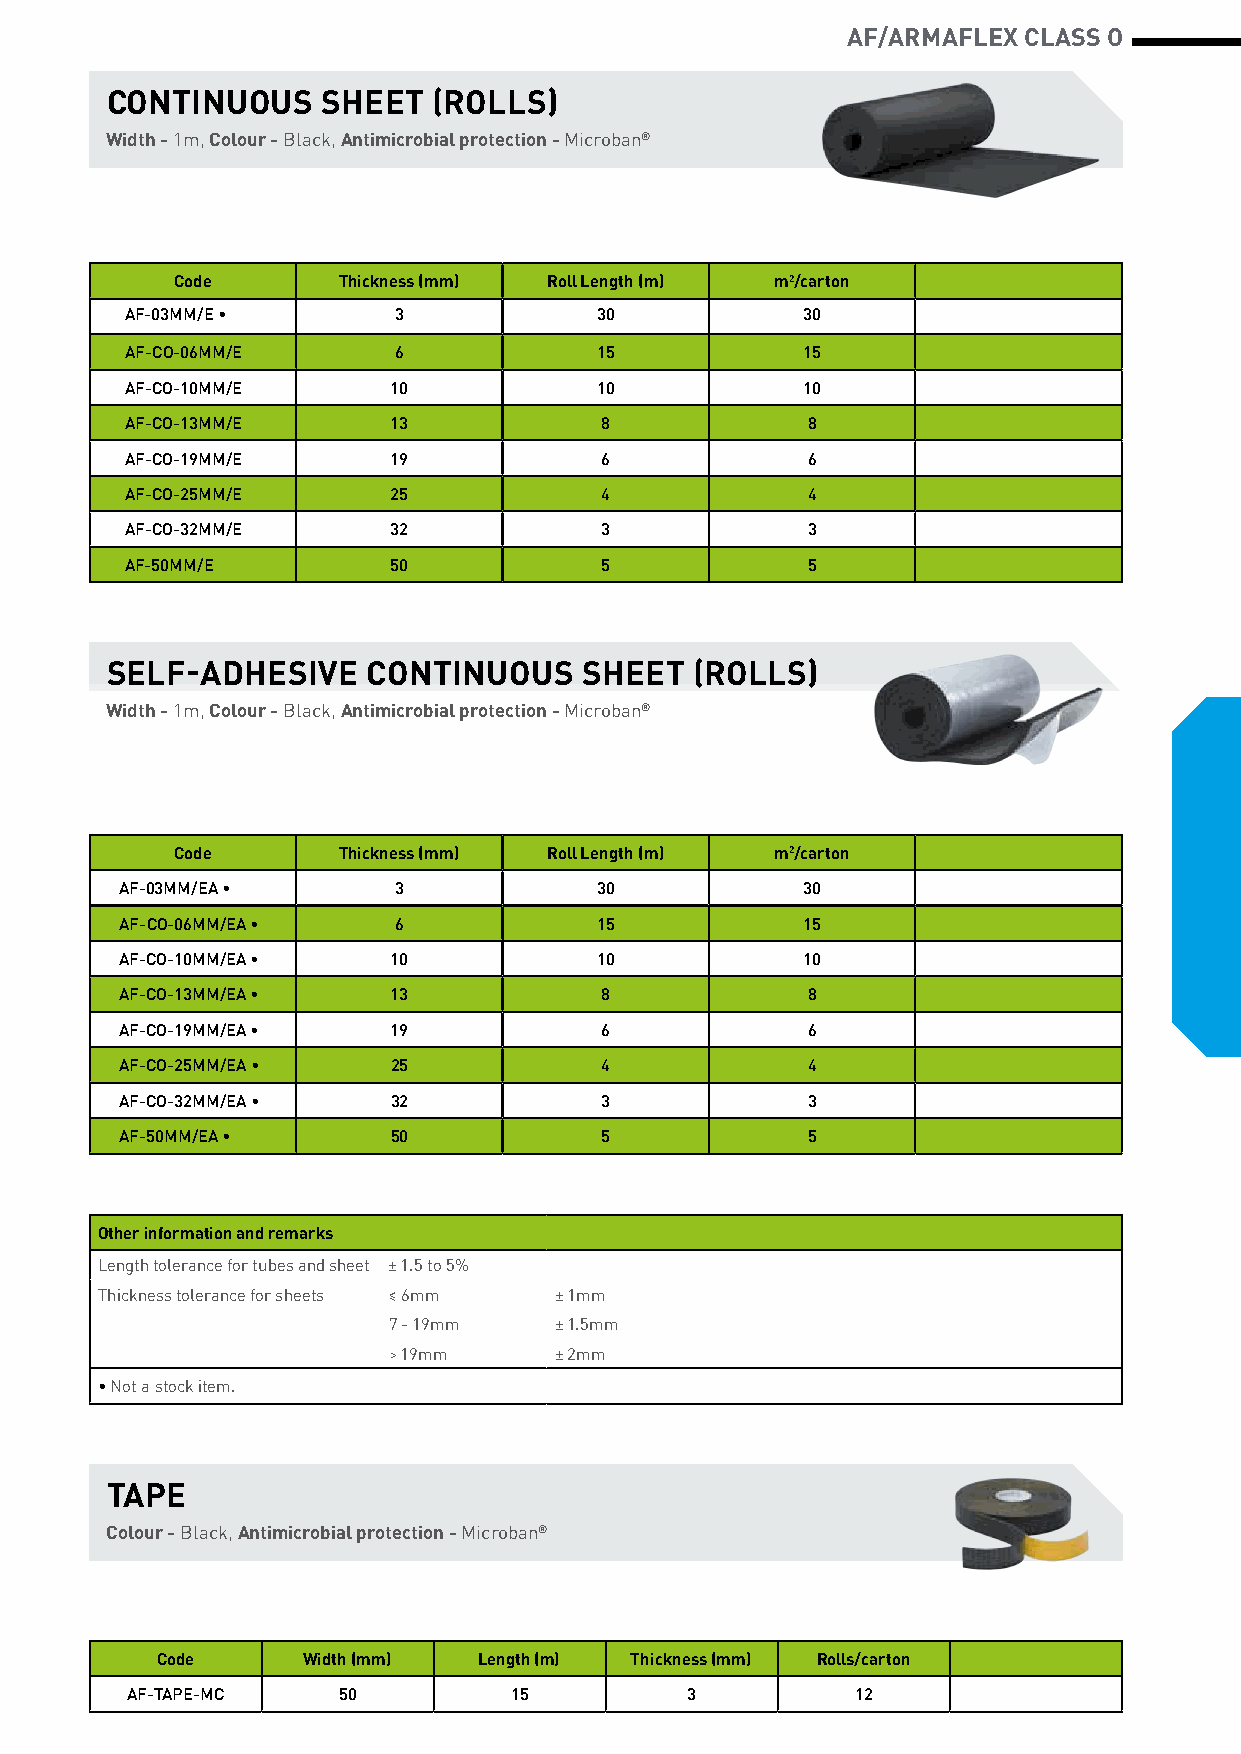
AF/ARMAFLEX CLASS O
 CONTINUOUS    SHEET   (ROLLS)
 Width - 1m, Colour - Black, Antimicrobial protection - Microban®
 Code      Thickness (mm) Roll Length (m) m2/carton
 AF-03MM/E ∙       3            30            30
 AF-CO-06MM/E      6            15            15
 AF-CO-10MM/E      10           10            10
 AF-CO-13MM/E      13            8            8
 AF-CO-19MM/E      19            6            6
 AF-CO-25MM/E      25            4            4
 AF-CO-32MM/E      32            3            3
 AF-50MM/E         50            5            5
 SELF-ADHESIVE    CONTINUOUS     SHEET  (ROLLS)
 Width - 1m, Colour - Black, Antimicrobial protection - Microban®
 Code      Thickness (mm) Roll Length (m) m2/carton
 AF-03MM/EA ∙      3            30            30
 AF-CO-06MM/EA ∙   6            15            15
 AF-CO-10MM/EA ∙   10           10            10
 AF-CO-13MM/EA ∙   13            8            8
 AF-CO-19MM/EA ∙   19            6            6
 AF-CO-25MM/EA ∙   25            4            4
 AF-CO-32MM/EA ∙   32            3            3
 AF-50MM/EA ∙      50            5            5
 Other information and remarks
 Length tolerance for tubes and sheet ± 1.5 to 5%
 Thickness tolerance for sheets ≤ 6mm ± 1mm
 7 - 19mm   ± 1.5mm
 > 19mm     ± 2mm
 ∙ Not a stock item.
 TAPE
 Colour - Black, Antimicrobial protection - Microban®
 Code      Width (mm)  Length (m) Thickness (mm) Rolls/carton
 AF-TAPE-MC    50          15         3           12